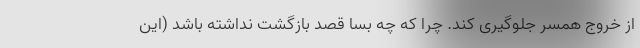
از خروج همسر جلوگیری کند. چرا که چه بسا قصد بازگشت نداشته باشد (این